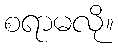
စရာမလို။